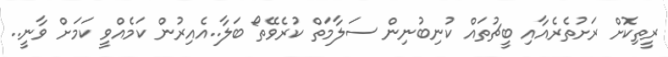
ރީތިކޮށް ރަށުތެރެއާއި ބީޗުތައް ކުނިބުނިން ސަލާމަތް ކުރެވޭތޯ ބަލާ..އެއިރުން ކަމެއްވީ ކަމަށް ވާނީ..